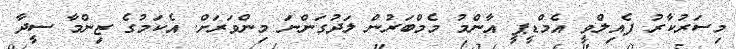
މިސަރުކާރު ފެއިލްވީ އެމްޑީޕީ އާންމު މެމްބަރުން ލަދުގަންނަ މިންވަރަށް. އެކަމުގެ ޒިންމާ ސީދާ